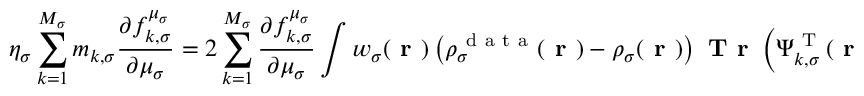
\eta _ { \sigma } \sum _ { k = 1 } ^ { M _ { \sigma } } m _ { k , \sigma } \frac { \partial f _ { k , \sigma } ^ { \mu _ { \sigma } } } { \partial \mu _ { \sigma } } = 2 \sum _ { k = 1 } ^ { M _ { \sigma } } \frac { \partial f _ { k , \sigma } ^ { \mu _ { \sigma } } } { \partial \mu _ { \sigma } } \int w _ { \sigma } ( \boldsymbol { \textbf { r } } ) \left( \rho _ { \sigma } ^ { \mathrm { ~ d ~ a ~ t ~ a ~ } } ( \boldsymbol { \textbf { r } } ) - \rho _ { \sigma } ( \boldsymbol { \textbf { r } } ) \right) \textbf { T r } \left( \boldsymbol { \Psi } _ { k , \sigma } ^ { \mathrm { ~ T ~ } } ( \boldsymbol { \textbf { r } } ) \boldsymbol { \Psi } _ { k , \sigma } ( \boldsymbol { \textbf { r } } ) \right) \, d \boldsymbol { \textbf { r } } \, ,